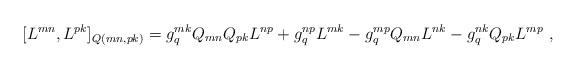
LaTeX: \begin{align*}[L^{mn},L^{pk}]_{Q(mn,pk)}=g^{mk}_qQ_{mn}Q_{pk}L^{np}+g^{np}_qL^{mk}-g^{mp}_qQ_{mn}L^{nk}-g^{nk}_qQ_{pk}L^{mp}\ , \end{align*}